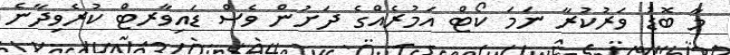
މާ ބޮޑު ވަރުކުރާ ނަމަ ކޯޓް އަމުރެއްގެ ދަށުން ވެސް ޑައިވާރޓް ކުރެވިދާނެ